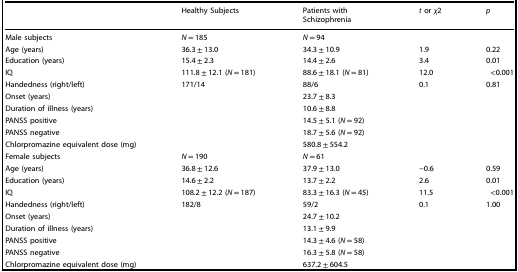
|  | Healthy Subjects | Patients with Schizophrenia | t or χ2 | p |
 | --- | --- | --- | --- | --- |
 | Male subjects | N = 185 | N = 94 |  |  |
 | Age (years) | 36.3 ± 13.0 | 34.3 ± 10.9 | 1.9 | 0.22 |
 | Education (years) | 15.4 ± 2.3 | 14.4 ± 2.6 | 3.4 | 0.01 |
 | IQ | 111.8 ± 12.1 (N = 181) | 88.6 ± 18.1 (N = 81) | 12.0 | <0.001 |
 | Handedness (right/left) | 171/14 | 88/6 | 0.1 | 0.81 |
 | Onset (years) |  | 23.7 ± 8.3 |  |  |
 | Duration of illness (years) |  | 10.6 ± 8.8 |  |  |
 | PANSS positive |  | 14.5 ± 5.1 (N = 92) |  |  |
 | PANSS negative |  | 18.7 ± 5.6 (N = 92) |  |  |
 | Chlorpromazine equivalent dose (mg) |  | 580.8 ± 554.2 |  |  |
 | Female subjects | N = 190 | N = 61 |  |  |
 | Age (years) | 36.8 ± 12.6 | 37.9 ± 13.0 | −0.6 | 0.59 |
 | Education (years) | 14.6 ± 2.2 | 13.7 ± 2.2 | 2.6 | 0.01 |
 | IQ | 108.2 ± 12.2 (N = 187) | 83.3 ± 16.3 (N = 45) | 11.5 | <0.001 |
 | Handedness (right/left) | 182/8 | 59/2 | 0.1 | 1.00 |
 | Onset (years) |  | 24.7 ± 10.2 |  |  |
 | Duration of illness (years) |  | 13.1 ± 9.9 |  |  |
 | PANSS positive |  | 14.3 ± 4.6 (N = 58) |  |  |
 | PANSS negative |  | 16.3 ± 5.8 (N = 58) |  |  |
 | Chlorpromazine equivalent dose (mg) |  | 637.2 ± 604.5 |  |  |